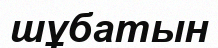
шұбатын